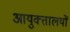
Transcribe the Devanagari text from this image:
आयुक्‍तालयों